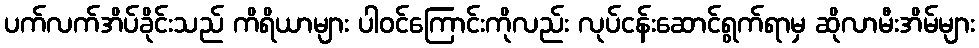
ပက်လက်အိပ်ခိုင်းသည် ကိရိယာများ ပါဝင်ကြောင်းကိုလည်း လုပ်ငန်းဆောင်ရွက်ရာမှ ဆိုလာမီးအိမ်များ